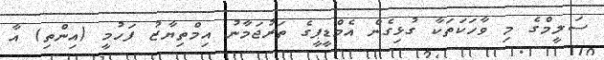
ސަލީމްގެ މި ވާހަކަތަކާ ގުޅިގެން އެމްޑީޕީގެ ތަރުޖަމާނު އިމްތިޔާޒު ފަހުމީ (އިންތި) އާ